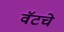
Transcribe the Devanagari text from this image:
वॅटचे